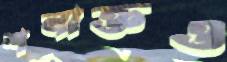
শনাক্তও